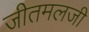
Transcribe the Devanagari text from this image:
जीतमलजी